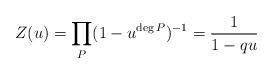
LaTeX: \begin{align*}Z(u)=\prod_{P }(1-u^{\deg P})^{-1}=\frac{1}{1-qu}\end{align*}